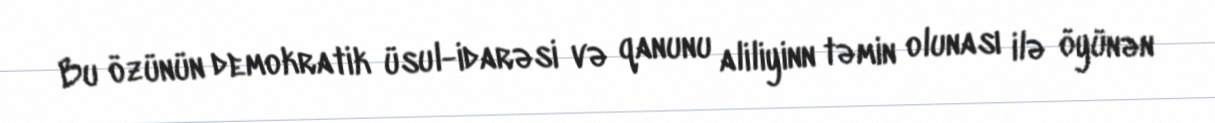
Bu özünün demokratik üsul-idarəsi və qanunu aliliyinn təmin olunası ilə öyünən